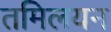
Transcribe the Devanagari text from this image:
तमिलयन